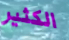
الكثير